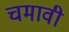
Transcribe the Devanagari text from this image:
चमावी